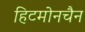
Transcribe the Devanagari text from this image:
हिटमोनचैन